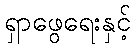
ရှာဖွေရေးနှင့်